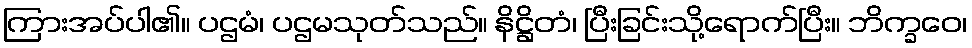
ကြားအပ်ပါ၏။ ပဌမံ၊ ပဌမသုတ်သည်။ နိဋ္ဌိတံ၊ ပြီးခြင်းသို့ရောက်ပြီး။ ဘိက္ခဝေ၊